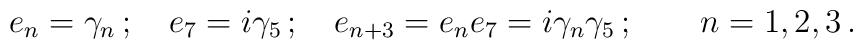
e_n=\gamma_n \,;\quad e_7= i \gamma_5 \,; \quad e_{n+3} = e_n e_7 =   i \gamma_n \gamma_5\,; \qquad n=1,2,3\,.